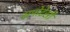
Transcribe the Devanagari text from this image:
सपोटेसी